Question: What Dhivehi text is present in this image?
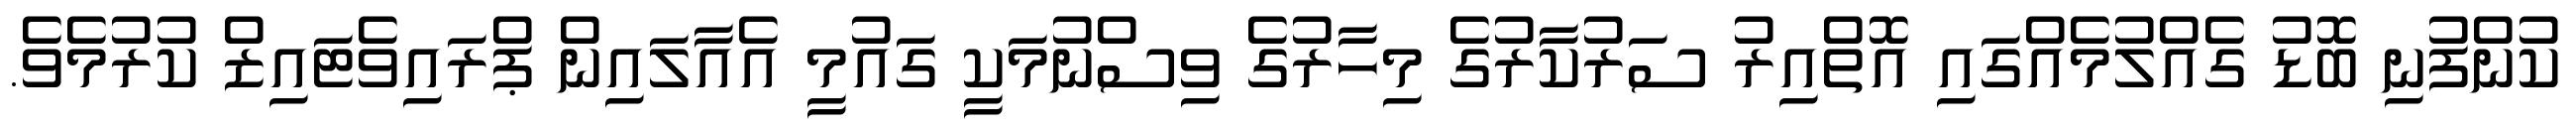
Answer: ކުންފުނި ބޮޑު ގެއްލުމެއްގައި އޮތްއިރު ސަރުކާރުގެ މިހާރުގެ ވިސްނުމަކީ ގައުމީ އެއާލައިން ޕްރައިވެޓައިޒް ކުރުމެވެ.